Document type: Oath
Year: 1405
Scribe: Guillem de Lledó
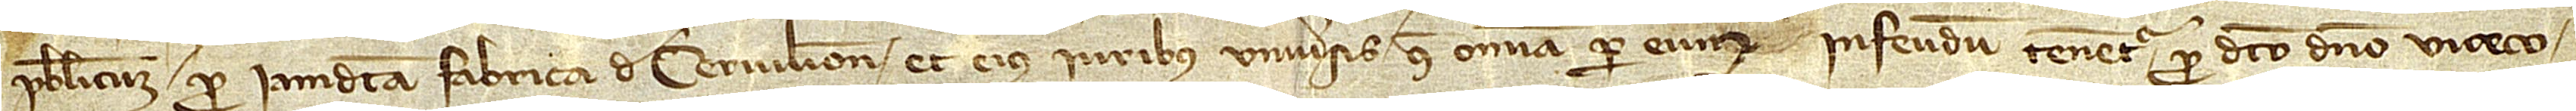
publicum, pro iamdicta fabrica de Cervilione et eius iuribus universis, que omnia per eum in feudum tenentur pro dicto domino viceco-